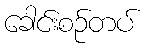
ခေါင်းစဉ်တပ်